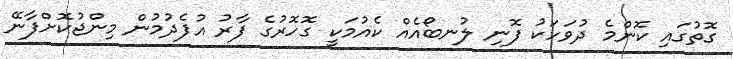
ގޮތުގައި ކޮންމެ ދުވަހަކު ފޮނި ލުނބޯއެއް ކެއުމަކީ ގޮހޮރުގެ ފާރު އުފެދުމުން މިންޖުކޮށްފާނޭ